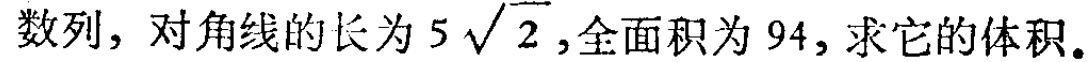
数列，对角线的长为\(5\sqrt{2}\)，全面积为\(94\)，求它的体积。